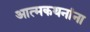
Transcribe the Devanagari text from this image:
आत्मकथनांना